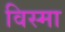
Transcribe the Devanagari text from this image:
विस्मा